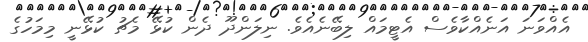
އެއްވަނަ އަނެއްކާވެސް އެޓީމައް ލިބޭނެއެވެ. ނިލަންދޫ ދެން ކުޅޭ މެޗު ކުޅޭނީ މިމަހުގެ